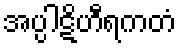
အပ္ပါဋိဟီရကတံ